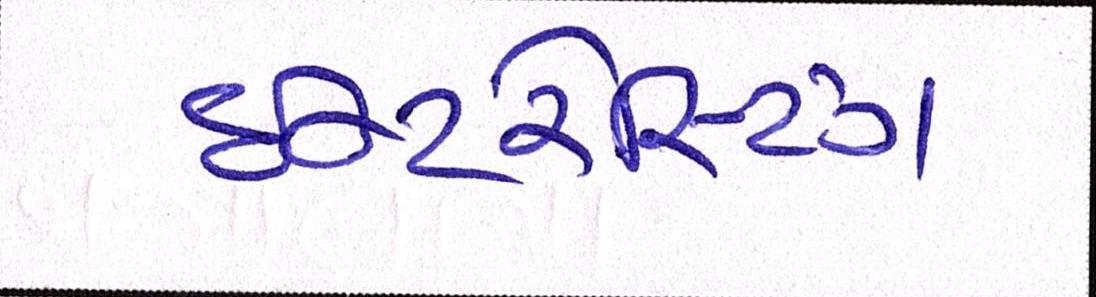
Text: ઇન્ટરેસ્ટિંગ